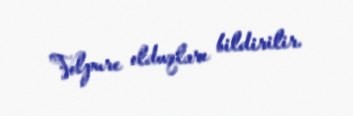
Volpure olduqları bildirilir.